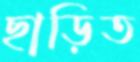
ছাড়িত